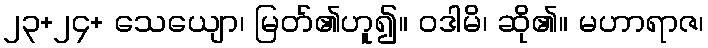
၂၃+၂၄+ သေယျော၊ မြတ်၏ဟူ၍။ ဝဒါမိ၊ ဆို၏။ မဟာရာဇ၊